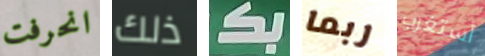
انحرفت ذلك بكـ ربما أستغرب